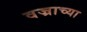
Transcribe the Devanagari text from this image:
वज्राच्या